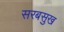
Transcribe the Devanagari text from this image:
सरबसुख